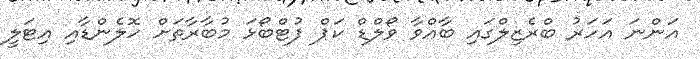
އަންނަ އަހަރު ބްރެޒިލްގައި ބާއްވާ ވޯލްޑް ކަޕް ފުޓްބޯޅަ މުބާރާތަށް ހޮލެންޑާއި އިޓަލީ